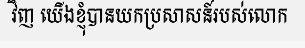
វិញ យើងខ្ញុំបានយកប្រសាសន៍របស់លោក